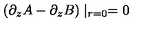
( \partial _ { z } A - \partial _ { z } B ) \mid _ { r = 0 } = 0